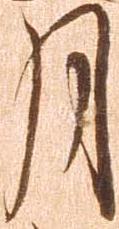
月